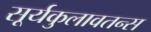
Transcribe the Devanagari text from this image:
सूर्यकुलावतन्स